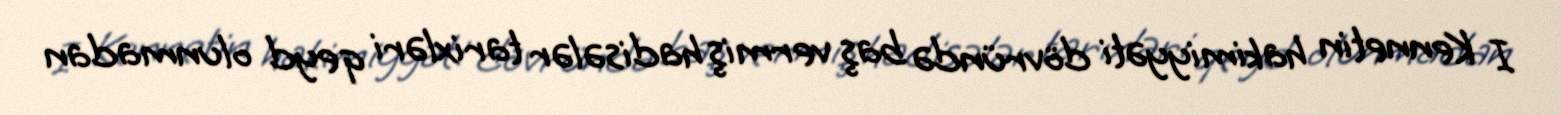
I Kennetin hakimiyyəti dövründə baş vermiş hadisələr tarixləri qeyd olunmadan